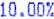
10.00%